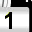
Digit: 1